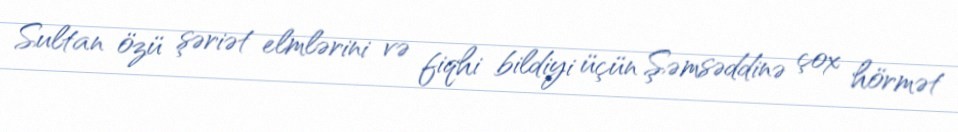
Sultan özü şəriət elmlərini və fiqhi bildiyi üçün Şəmsəddinə çox hörmət